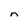
Character: n